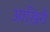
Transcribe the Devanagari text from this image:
आखि़री